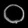
Digit: ၀